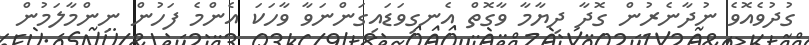
ގުދުވެއޮވެ ނުދާނެރުން ގޮދާ ދިޔާމާ ވާގޮތް އެނގިވަޑައިގަންނަވާ ވާހަކަ އެންމެ ފަހުން ނިންމާލަމުން